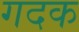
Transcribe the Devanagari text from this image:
गदक